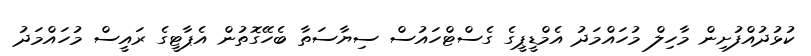
ކުޅުދުއްފުށިން މާހިލް މުހައްމަދު އެމްޑީޕީގެ ގެސްޓްހައުސް ސިޔާސަތާ ބެހޭގޮތުން އެޕާޓީގެެ ރައީސް މުހައްމަދު